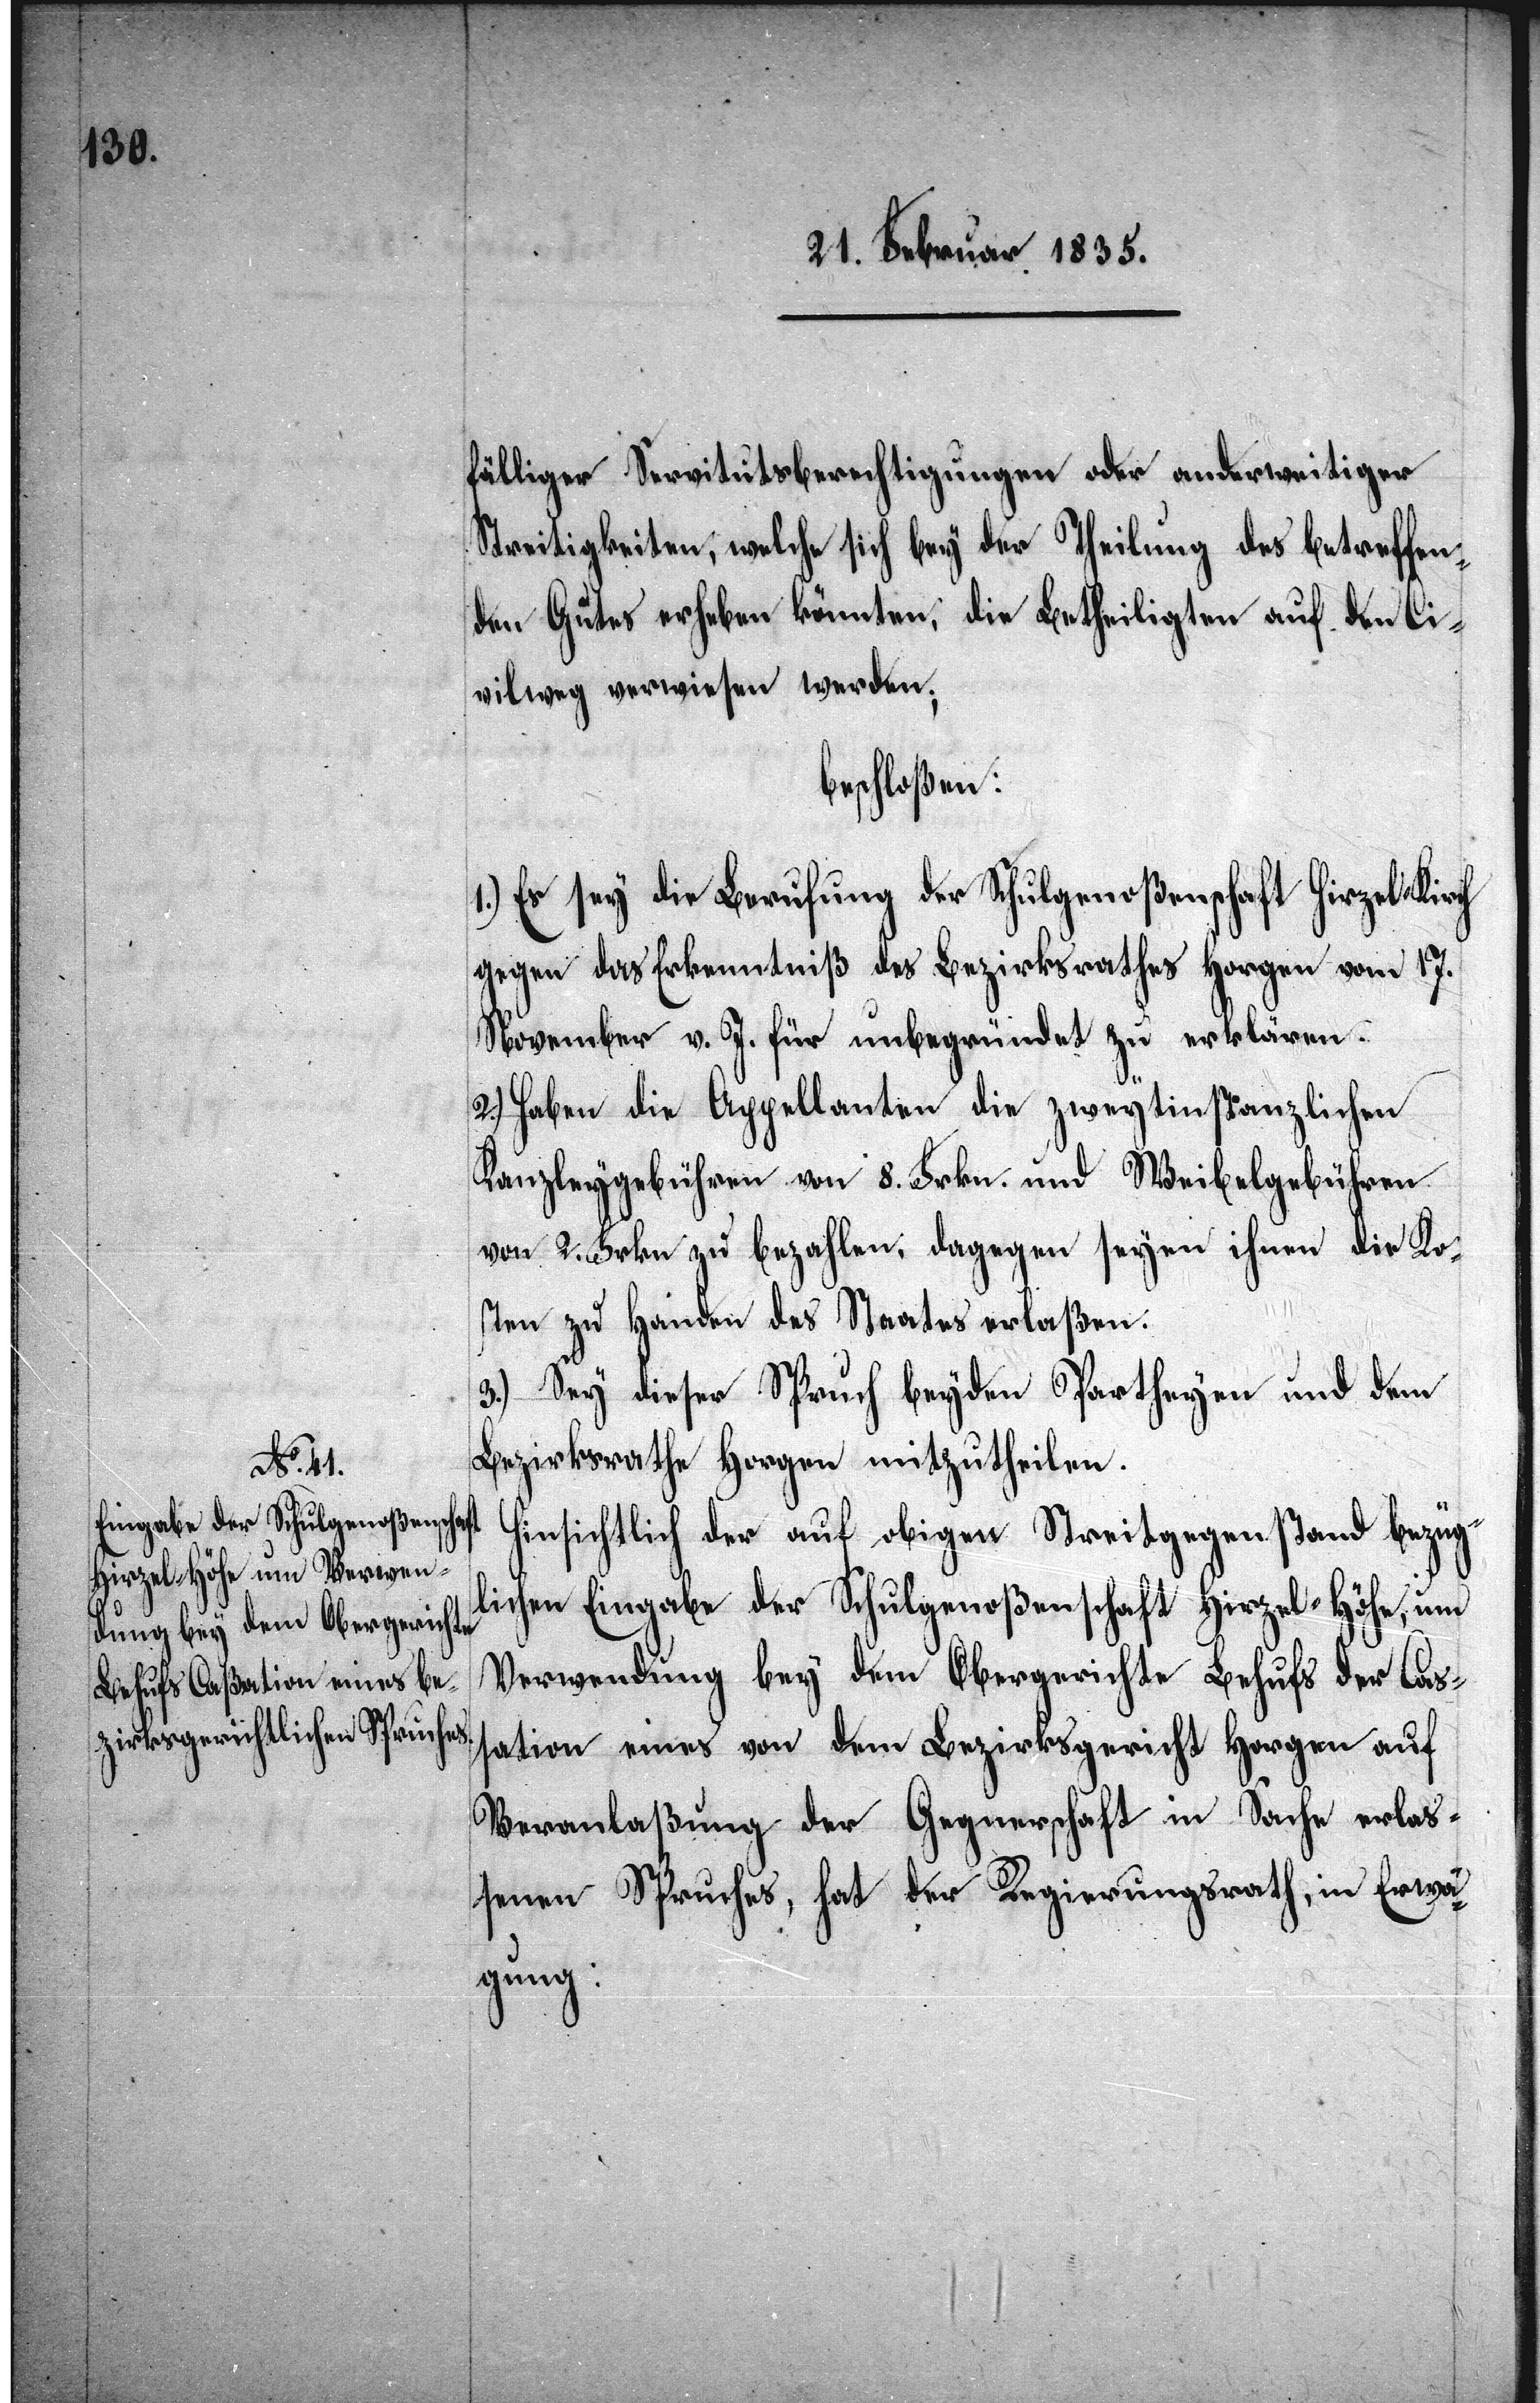
fälliger Servitutsberechtigungen oder anderweitiger
Streitigkeiten, welche sich bey der Theilung des betreffen¬
den Gutes erheben könnten, die Betheiligten auf den Ci¬
vilweg verwiesen werden;
beschloßen:
1.) Es sey die Berufung der Schulgenoßenschaft Hirzel-Kirch
gegen das Erkenntniß des Bezirksrathes Horgen vom 17.
November v. J. für unbegründet zu erklären.
2.) Haben die Appellanten die zweytinstanzlichen
Kanzleygebühren von 8. Frkn. und Weibelgebühren
von 2. Frkn zu bezahlen, dagegen seyen ihnen die Ko¬
sten zu Handen des Staates erlaßen.
3.) Sey dieser Spruch beyden Partheyen und dem
Bezirksrathe Horgen mitzutheilen.
Hinsichtlich der auf obigen Streitgegenstand bezüg¬
lichen Eingabe der Schulgenoßenschaft Hirzel-Höhe, um
Verwendung bey dem Obergerichte Behufs der Caß¬
ation eines von dem Bezirksgerichte Horgen auf
Veranlaßung der Gegnerschaft in Sache erlaß¬
enen Spruches, hat der Regierungsrath, in Erwä¬
gung: